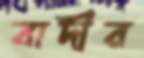
বাদীর